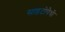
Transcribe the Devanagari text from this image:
साइटोपैथी